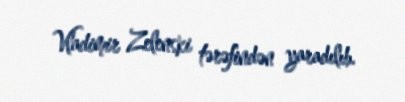
Vladimir Zelenski tərəfindən yaradılıb.